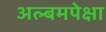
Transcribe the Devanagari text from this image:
अल्बमपेक्षा